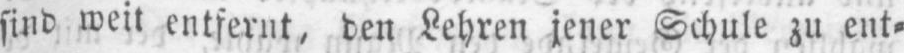
sind weit entfernt, den Lehren jener Schule zu ent⸗